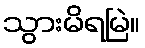
သွားမိရမြဲ။